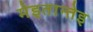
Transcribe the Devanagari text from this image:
मेइतान्तेइ